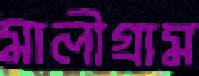
মালীগ্রাম